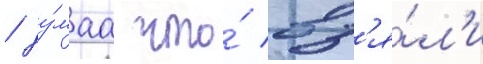
/ ду́маа что́ вз'я́л'и